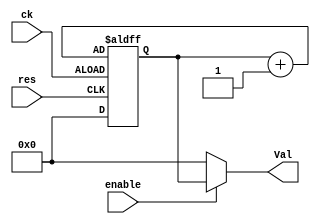
module ByteCounter(input ck,input res, output [7:0] Val,input enable);
reg [7:0] q;
initial q <= 8'h0;
always @(posedge ck or posedge res) begin
	if( ck==1'b1 )
		q<=q+8'h1;
	else
		q<=8'h0;
end
assign Val = (enable) ? q : 8'b0;
endmodule

module tinyCounter(input ck,input res, output [1:0] Val,input enable);
reg [1:0] q;
initial q <= 2'h0;
always @(posedge ck or posedge res) begin
	if( ck==1'b1 )
		q<=q+2'h1;
	else
		q<=2'h0;
end
assign Val = (enable) ? q : 2'b0;
endmodule

module WideCounter(input ck,input res, output [15:0] Val,input enable);
reg [15:0] q ;
initial q <= 16'h0;
always @(posedge ck or posedge res) begin
	if( ck==1'b1 )
		q<=q+16'h1;
	else
		q<=16'h0;
end
assign Val = (enable) ? q : 16'b0;
endmodule

//module MemoryaddrBridge(input VSYNC, input HREF,input pclk,output reg Sig_En,output reg enC, output[7:0] line, output [7:0] foo);
module TimingManager(input VSYNC, input HREF,input pclk,output reg Sig_En);
wire [7:0] line,foo;
reg res,enC;
initial begin
	Sig_En <= 1'b1;
end
ByteCounter HrefC (HREF, VSYNC, line[7:0],1'b1);
ByteCounter PixC (pclk,res, foo[7:0],enC&HREF);
	//always @(negedge VSYNC) begin
//	res<=1'b0;
//end
always @(negedge pclk) begin
	if(line==8'h20 || line==8'h80 || line==8'hF0) begin
		enC<=1'b1;
	end
	else begin
		enC<=1'b0;
	end
	if(foo[6]==1'b1)begin
		Sig_En<=1'b1;
		res<=1'b1;
	end
	else begin
		Sig_En<=1'b0;
		res<=1'b0;
	end
end
endmodule

module memoryaddressor(input Sig_En, input pclk, output  WEb, output reg BLEb, output reg BHEb, output [15:0] Address);
reg state = 0;
assign WEb = ~state | pclk;
wire [15:0] preAddress;
assign Address = (WEb) ? 16'hzzzz : preAddress ;
always @(pclk or Sig_En)begin
		if(Sig_En == 1'b1)begin
			state <= 1'b1;
		end
		else if (pclk == 1'b1)begin
			state <= 1'b0;
		end
end
always @(Sig_En)begin
//	if (pclk == 1'b1)begin
//			WEb <= 1'b1;
//		end
//		 if (state == 1'b1) begin 
//			CEb <= 1'b0;
//			WEb <= 1'b0;
			BLEb <= (Sig_En) ? 1'b0 : 1'b1;
			BHEb <= (Sig_En) ? 1'b1 :1'b0;
//		end
	end
/*	always @(posedge pclk) begin
		if(state == 1'b1)begin
			WEb <= 1'b1;
			state <= 1'b0;
		end
	end*/
	WideCounter w_count1(Sig_En,1'h0,preAddress,1'h1);
endmodule

module clkdivider (input clk, output xclk);
	wire [1:0] t_count;
	tinyCounter t_Counter(clk, 1'b0, t_count, 1'b1);
	assign xclk = (t_count == 2'h3) ? 1'b1:1'b0;
endmodule

module MemoryaddrBridge (input clk, input pclk,input HREF,input VSYNC, output xclk, output WEb, output BLEb,output BHEb, output [15:0] SRAM_address );
	wire Sig_En;
TimingManager timemanager(VSYNC, HREF, pclk,  Sig_En);
memoryaddressor menaddr(Sig_En,  pclk,   WEb, BLEb,   BHEb, SRAM_address);
clkdivider clkdivider0(clk,xclk);
endmodule